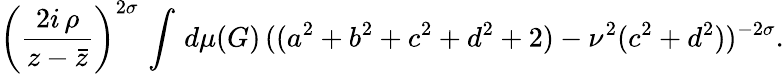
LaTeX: \left(\frac{2i\, \rho}{z-\bar{z}}\right)^{2\sigma}\, \int\, d\mu(G)\, ((a^{2}+b^{2}+c^{2}+d^{2}+2)-\nu^{2}(c^{2}+d^{2}))^{-2\sigma}.